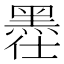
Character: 𪐾